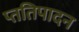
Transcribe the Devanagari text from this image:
प्ततिपादन